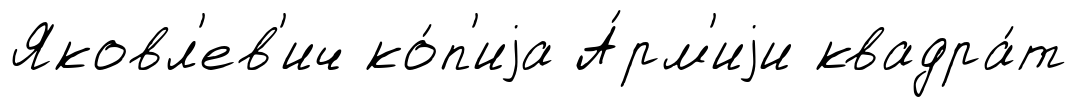
Яковл'ев'ич ко́п'иjа А́рм'иjи квадра́т